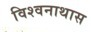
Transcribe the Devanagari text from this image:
विश्वनाथास